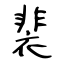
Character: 裴